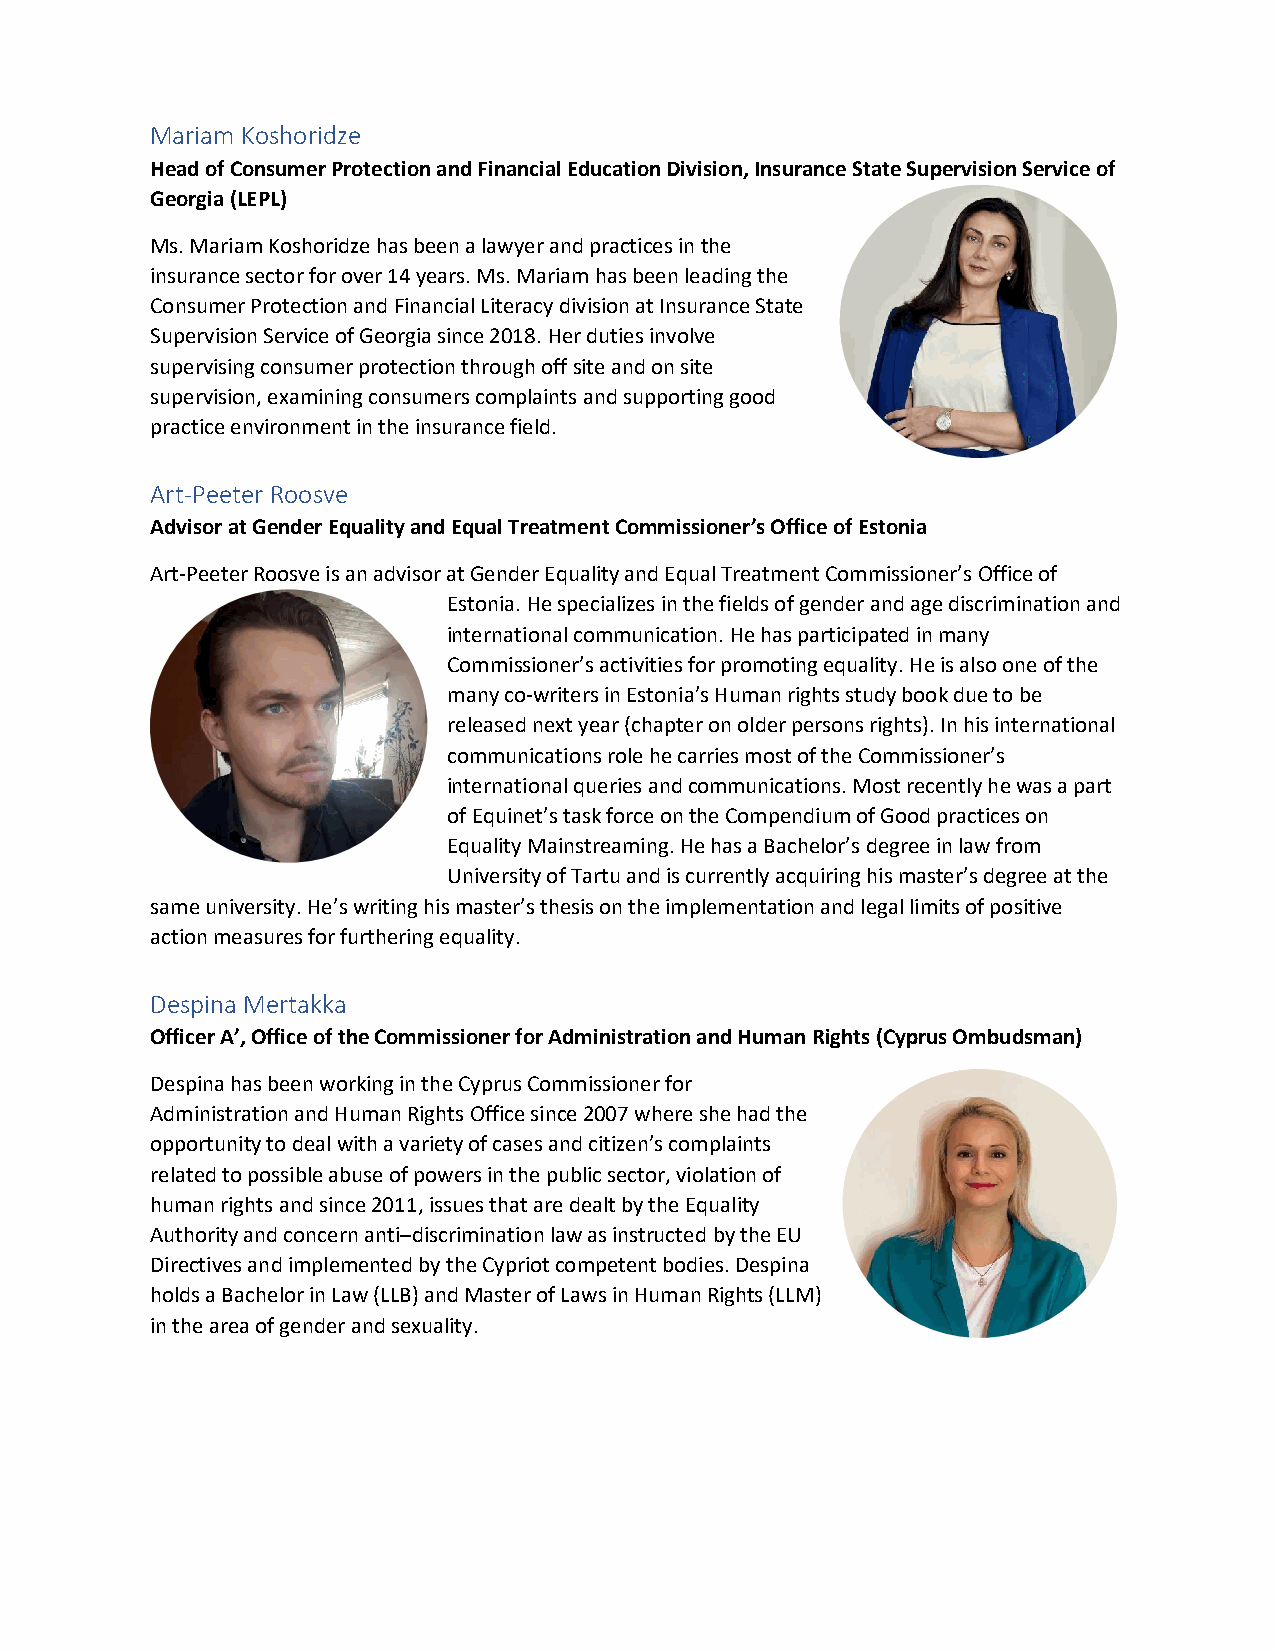
Mariam Koshoridze
 Head of Consumer Protection and Financial Education Division, Insurance State Supervision Service of
 Georgia (LEPL)
 Ms. Mariam Koshoridze has been a lawyer and practices in the
 insurance sector for over 14 years. Ms. Mariam has been leading the
 Consumer Protection and Financial Literacy division at Insurance State
 Supervision Service of Georgia since 2018. Her duties involve
 supervising consumer protection through off site and on site
 supervision, examining consumers complaints and supporting good
 practice environment in the insurance field.
 Art-Peeter Roosve
 Advisor at Gender Equality and Equal Treatment Commissioner’s Office of Estonia
 Art-Peeter Roosve is an advisor at Gender Equality and Equal Treatment Commissioner’s Office of
 Estonia. He specializes in the fields of gender and age discrimination and
 international communication. He has participated in many
 Commissioner’s activities for promoting equality. He is also one of the
 many co-writers in Estonia’s Human rights study book due to be
 released next year (chapter on older persons rights). In his international
 communications role he carries most of the Commissioner’s
 international queries and communications. Most recently he was a part
 of Equinet’s task force on the Compendium of Good practices on
 Equality Mainstreaming. He has a Bachelor’s degree in law from
 University of Tartu and is currently acquiring his master’s degree at the
 same university. He’s writing his master’s thesis on the implementation and legal limits of positive
 action measures for furthering equality.
 Despina Mertakka
 Officer A’, Office of the Commissioner for Administration and Human Rights (Cyprus Ombudsman)
 Despina has been working in the Cyprus Commissioner for
 Administration and Human Rights Office since 2007 where she had the
 opportunity to deal with a variety of cases and citizen’s complaints
 related to possible abuse of powers in the public sector, violation of
 human rights and since 2011, issues that are dealt by the Equality
 Authority and concern anti–discrimination law as instructed by the EU
 Directives and implemented by the Cypriot competent bodies. Despina
 holds a Bachelor in Law (LLB) and Master of Laws in Human Rights (LLM)
 in the area of gender and sexuality.